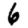
Digit: 6